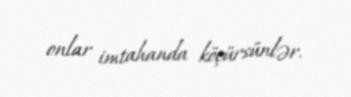
onlar imtahanda köçürsünlər.